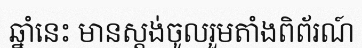
ឆ្នាំនេះ មានស្តង់ចូលរួមតាំងពិព័រណ៍